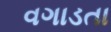
વગાડતા